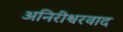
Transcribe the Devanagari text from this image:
अनिरीश्वरवाद